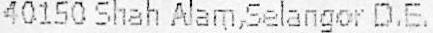
40150 SHAH ALAM,SELANGOR D.E.